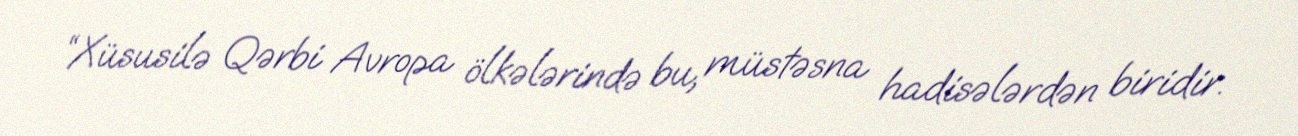
“Xüsusilə Qərbi Avropa ölkələrində bu, müstəsna hadisələrdən biridir.